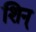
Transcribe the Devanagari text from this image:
शिन्‌